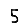
Digit: 5